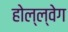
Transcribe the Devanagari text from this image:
होल्ल्वेग